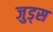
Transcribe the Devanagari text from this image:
जुड्स